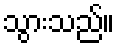
သွားသည်။